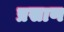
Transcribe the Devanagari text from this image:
प्रसाण